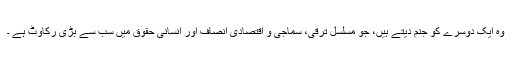
وہ ایک دوسرے کو جنم دیتے ہیں، جو مسلسل ترقی، سماجی و اقتصادی انصاف اور انسانی حقوق میں سب سے بڑی رکاوٹ ہے ۔